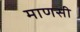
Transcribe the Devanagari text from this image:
माणसी